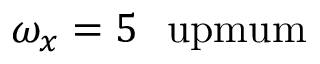
\omega _ { x } = 5 ~ \mathrm { \ u p m u m }